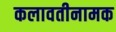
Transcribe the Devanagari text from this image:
कलावतीनामक